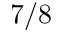
7 / 8